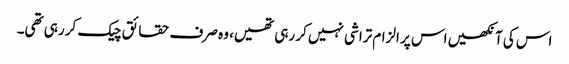
اس کی آنکھیں اس پر الزام تراشی نہیں کر رہی تھیں، وہ صرف حقائق چیک کر رہی تھی۔